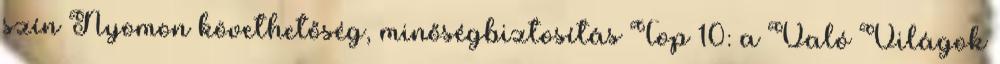
szín Nyomon követhetőség, minőségbiztosítás Top 10: a Való Világok